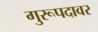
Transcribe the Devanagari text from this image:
गुरूपदावर